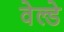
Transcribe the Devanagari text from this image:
वेल्डे